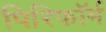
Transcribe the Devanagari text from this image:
पिरिफॉर्म